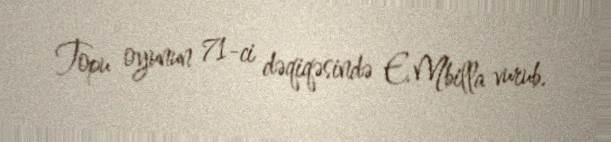
Topu oyunun 71-ci dəqiqəsində E.Mbilla vurub.